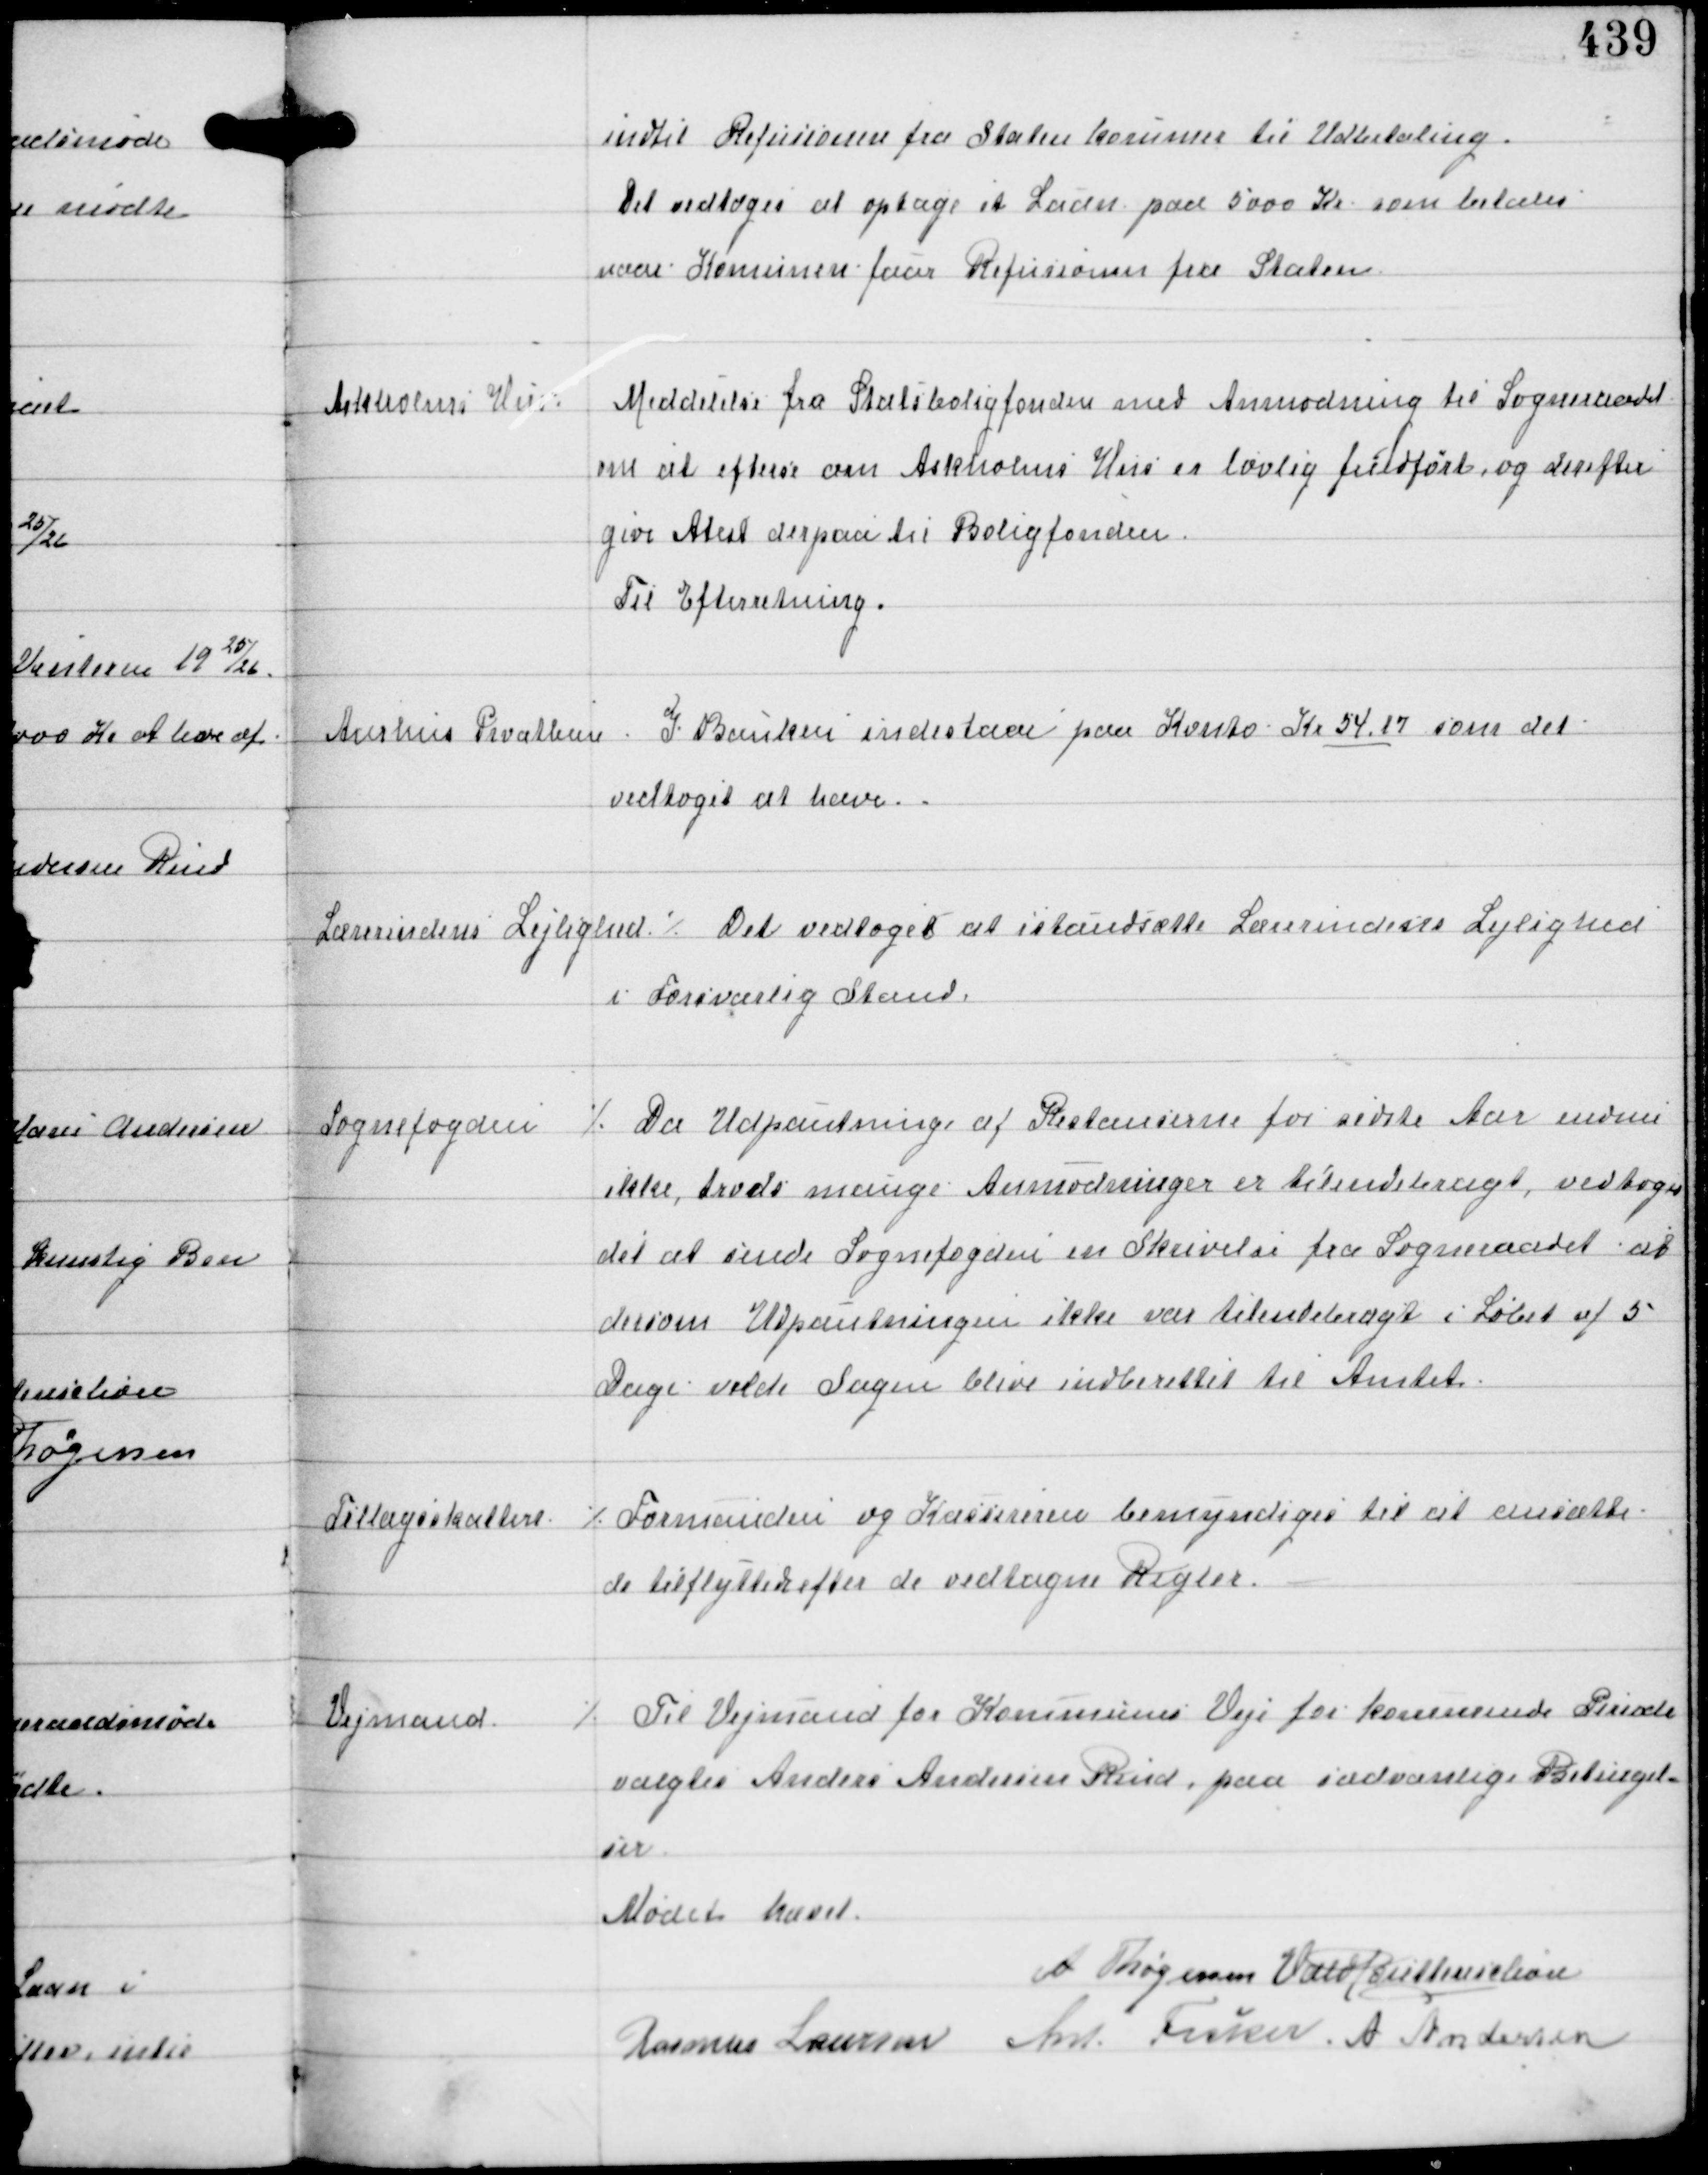
Transskription:
indtil Refusionen fra Staten kommer til Udbetaling.
Det vedtoges at optage et Laan paa 5000 Kr som betales
naar Komunen faar Refusionen fra Staten

Askholms Hus

Meddelelse fra Statsboligfonden med Anmodning til Sogneraadet
om at efterse om Askholms Hus er lovlig fuldført og derefter
give Atest derpaa til Boligfonden.
Til Efterretning.

Aarhus Privatban

I Banken indestaar paa Konto Kr 54.17 som det
vedtoges at hæve.

Lærerindens Lejlighed

⁒ Der vedtoges at istandsætte Lærerindens Lejlighed
i Forsvarlig Stand.

Sognefogden

⁒ Da Udpantning af Restancerne for sidste Aar endnu
ikke trods mange Anmodninger er tilendebragt vedtoges
det at sende Sognefogden en Skrivelse fra Sogneraadet at
dersom Udpantningen ikke var tilendebragt i Løbet af 5
Dage vilde Sagen blive indberettet til Amtet.

Tillægsskatter

⁒ Formanden og Kassereren bemyndiges til at ansætte
de tilflyttede efter de vedtagne Regler.

Vejmand

⁒ Til Vejmand for Kommunens Veje for kommende Periode
valgtes Anders Andersen Rind paa sædvanlige Betingel-
ser

Mødet hævet
A Thøgersen Vald Buttenschøn
Rasmus Laursen Ant Fisker A Andersen